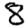
Digit: 8